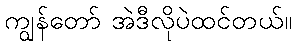
ကျွန်တော် အဲဒီလိုပဲထင်တယ်။